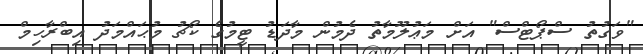
"ވަގުތު ސްޕޯޓްސް" އަށް މަޢުލޫމާތު ދެމުން މާދަޑު ޓީމުގެ ކޯޗު މުޙައްމަދު އިބްރާހިމް